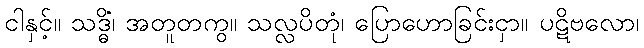
ငါနှင့်။ သဒ္ဓိံ၊ အတူတကွ။ သလ္လပိတုံ၊ ပြောဟောခြင်းငှာ။ ပဋိဗလော၊